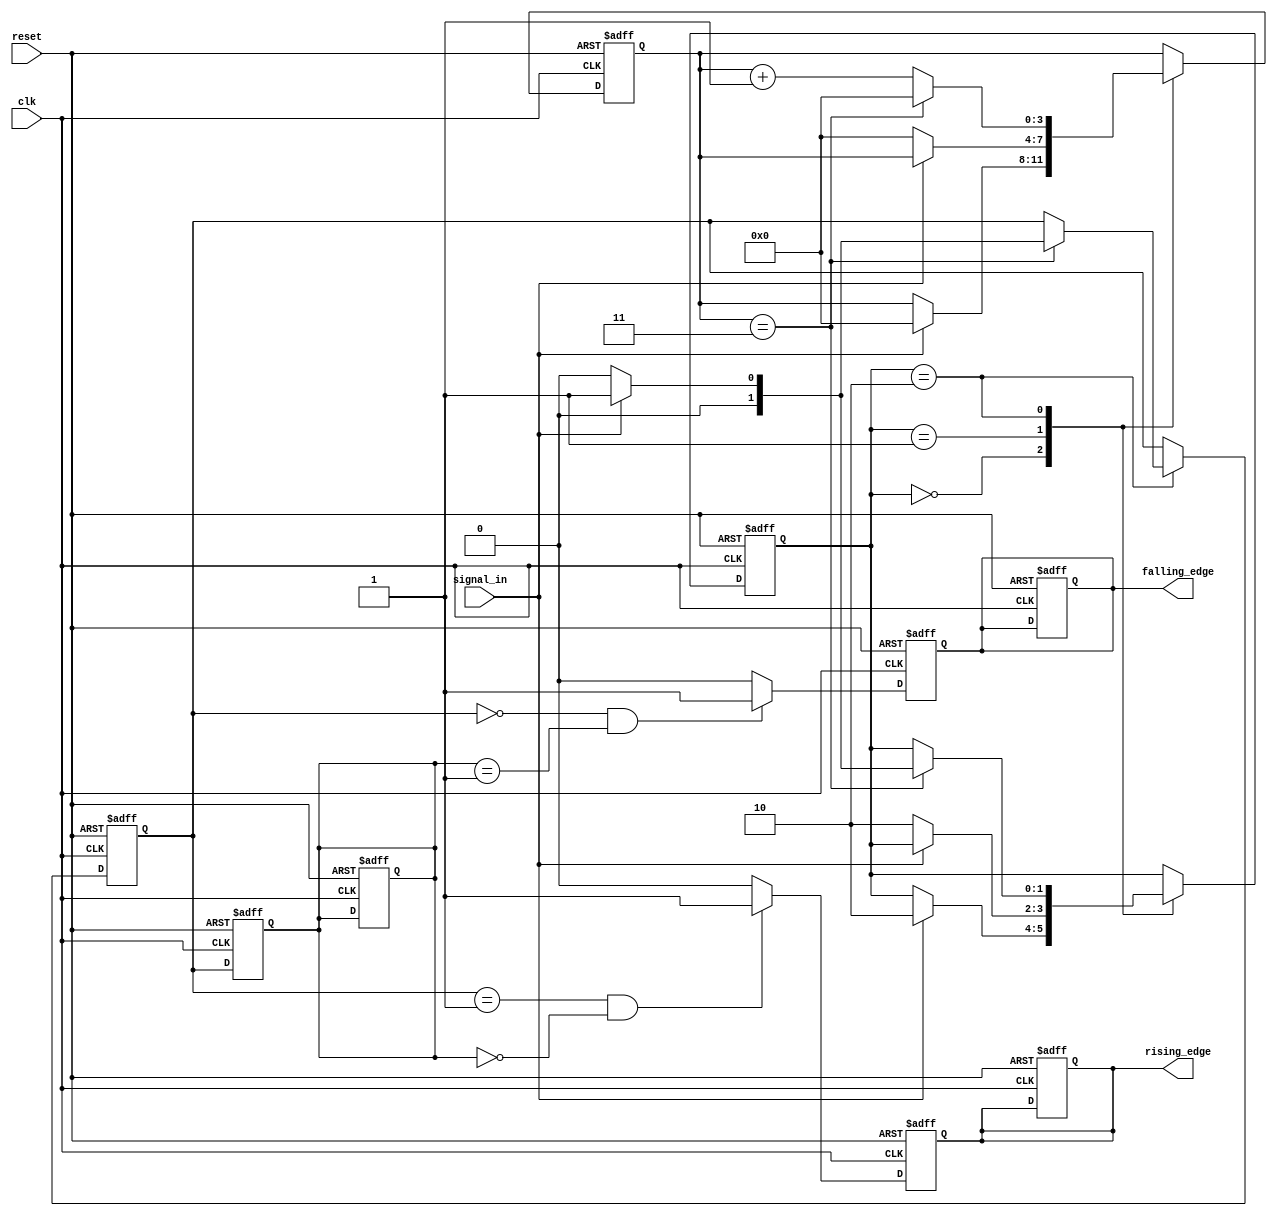
module debounced_edge_detector (
    input wire clk,                 // Clock signal
    input wire reset,               // Asynchronous reset
    input wire signal_in,           // Noisy input signal
    output reg rising_edge,         // Rising edge output
    output reg falling_edge         // Falling edge output
);

    // Parameters
    parameter DEBOUNCE_TIME = 4;    // Number of clock cycles for debounce

    // Internal signals
    reg [1:0] state;                 // State for debouncing
    reg [1:0] prev_state;            // Previous stable state
    reg [1:0] current_state;         // Current stable state
    reg [3:0] debounce_counter;      // Counter for debounce timing

    // State encoding
    localparam STABLE_LOW = 2'b00;
    localparam STABLE_HIGH = 2'b01;
    localparam CHANGING = 2'b10;

    // Debounce logic
    always @(posedge clk or posedge reset) begin
        if (reset) begin
            state <= STABLE_LOW;
            debounce_counter <= 0;
            current_state <= 0;
            prev_state <= 0;
            rising_edge <= 0;
            falling_edge <= 0;
        end else begin
            case (state)
                STABLE_LOW: begin
                    if (signal_in) begin
                        debounce_counter <= 0;
                        state <= CHANGING;
                    end
                end

                STABLE_HIGH: begin
                    if (!signal_in) begin
                        debounce_counter <= 0;
                        state <= CHANGING;
                    end
                end

                CHANGING: begin
                    debounce_counter <= debounce_counter + 1;
                    if (debounce_counter == DEBOUNCE_TIME - 1) begin
                        if (signal_in) begin
                            current_state <= 1;
                            state <= STABLE_HIGH;
                        end else begin
                            current_state <= 0;
                            state <= STABLE_LOW;
                        end
                        debounce_counter <= 0; // Reset counter after stabilization
                    end
                end
            endcase
        end
    end

    // Edge detection logic
    always @(posedge clk or posedge reset) begin
        if (reset) begin
            rising_edge <= 0;
            falling_edge <= 0;
            prev_state <= 0;
        end else begin
            // Detect rising edge
            if (current_state == 1 && prev_state == 0) begin
                rising_edge <= 1;
            end else begin
                rising_edge <= 0; // Clear after one clock cycle
            end

            // Detect falling edge
            if (current_state == 0 && prev_state == 1) begin
                falling_edge <= 1;
            end else begin
                falling_edge <= 0; // Clear after one clock cycle
            end

            // Update previous state
            prev_state <= current_state;
        end
    end

endmodule